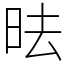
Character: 㫢